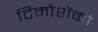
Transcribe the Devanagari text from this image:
टिमोशेंको